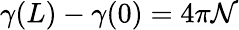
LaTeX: \gamma(L)-\gamma(0)=4\pi\mathcal{N}